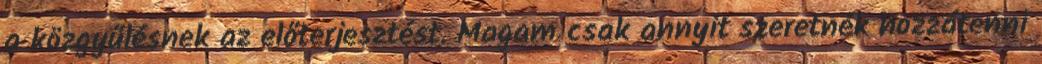
a közgyűlésnek az előterjesztést. Magam csak annyit szeretnék hozzátenni